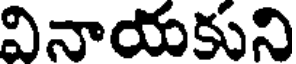
వినాయకుని